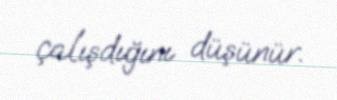
çalışdığını düşünür.